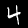
Label: 4